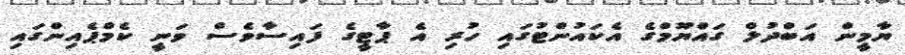
ޔާމީން އަބްދުލް ގައްޔޫމްގެ އެކައުންޓުގައި ހުރި އެ ޕާޓީގެ ފައިސާވެސް ވަނީ ކެމްޕެއިންގައި